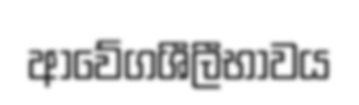
ආවේගශීලීභාවය